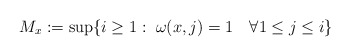
\begin{align*}&M_x:=\sup\{i\geq 1: \;\omega(x,j)=1\quad\forall 1\leq j\leq i\}\end{align*}